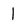
Character: 1